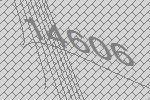
14606